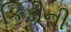
કિડીની